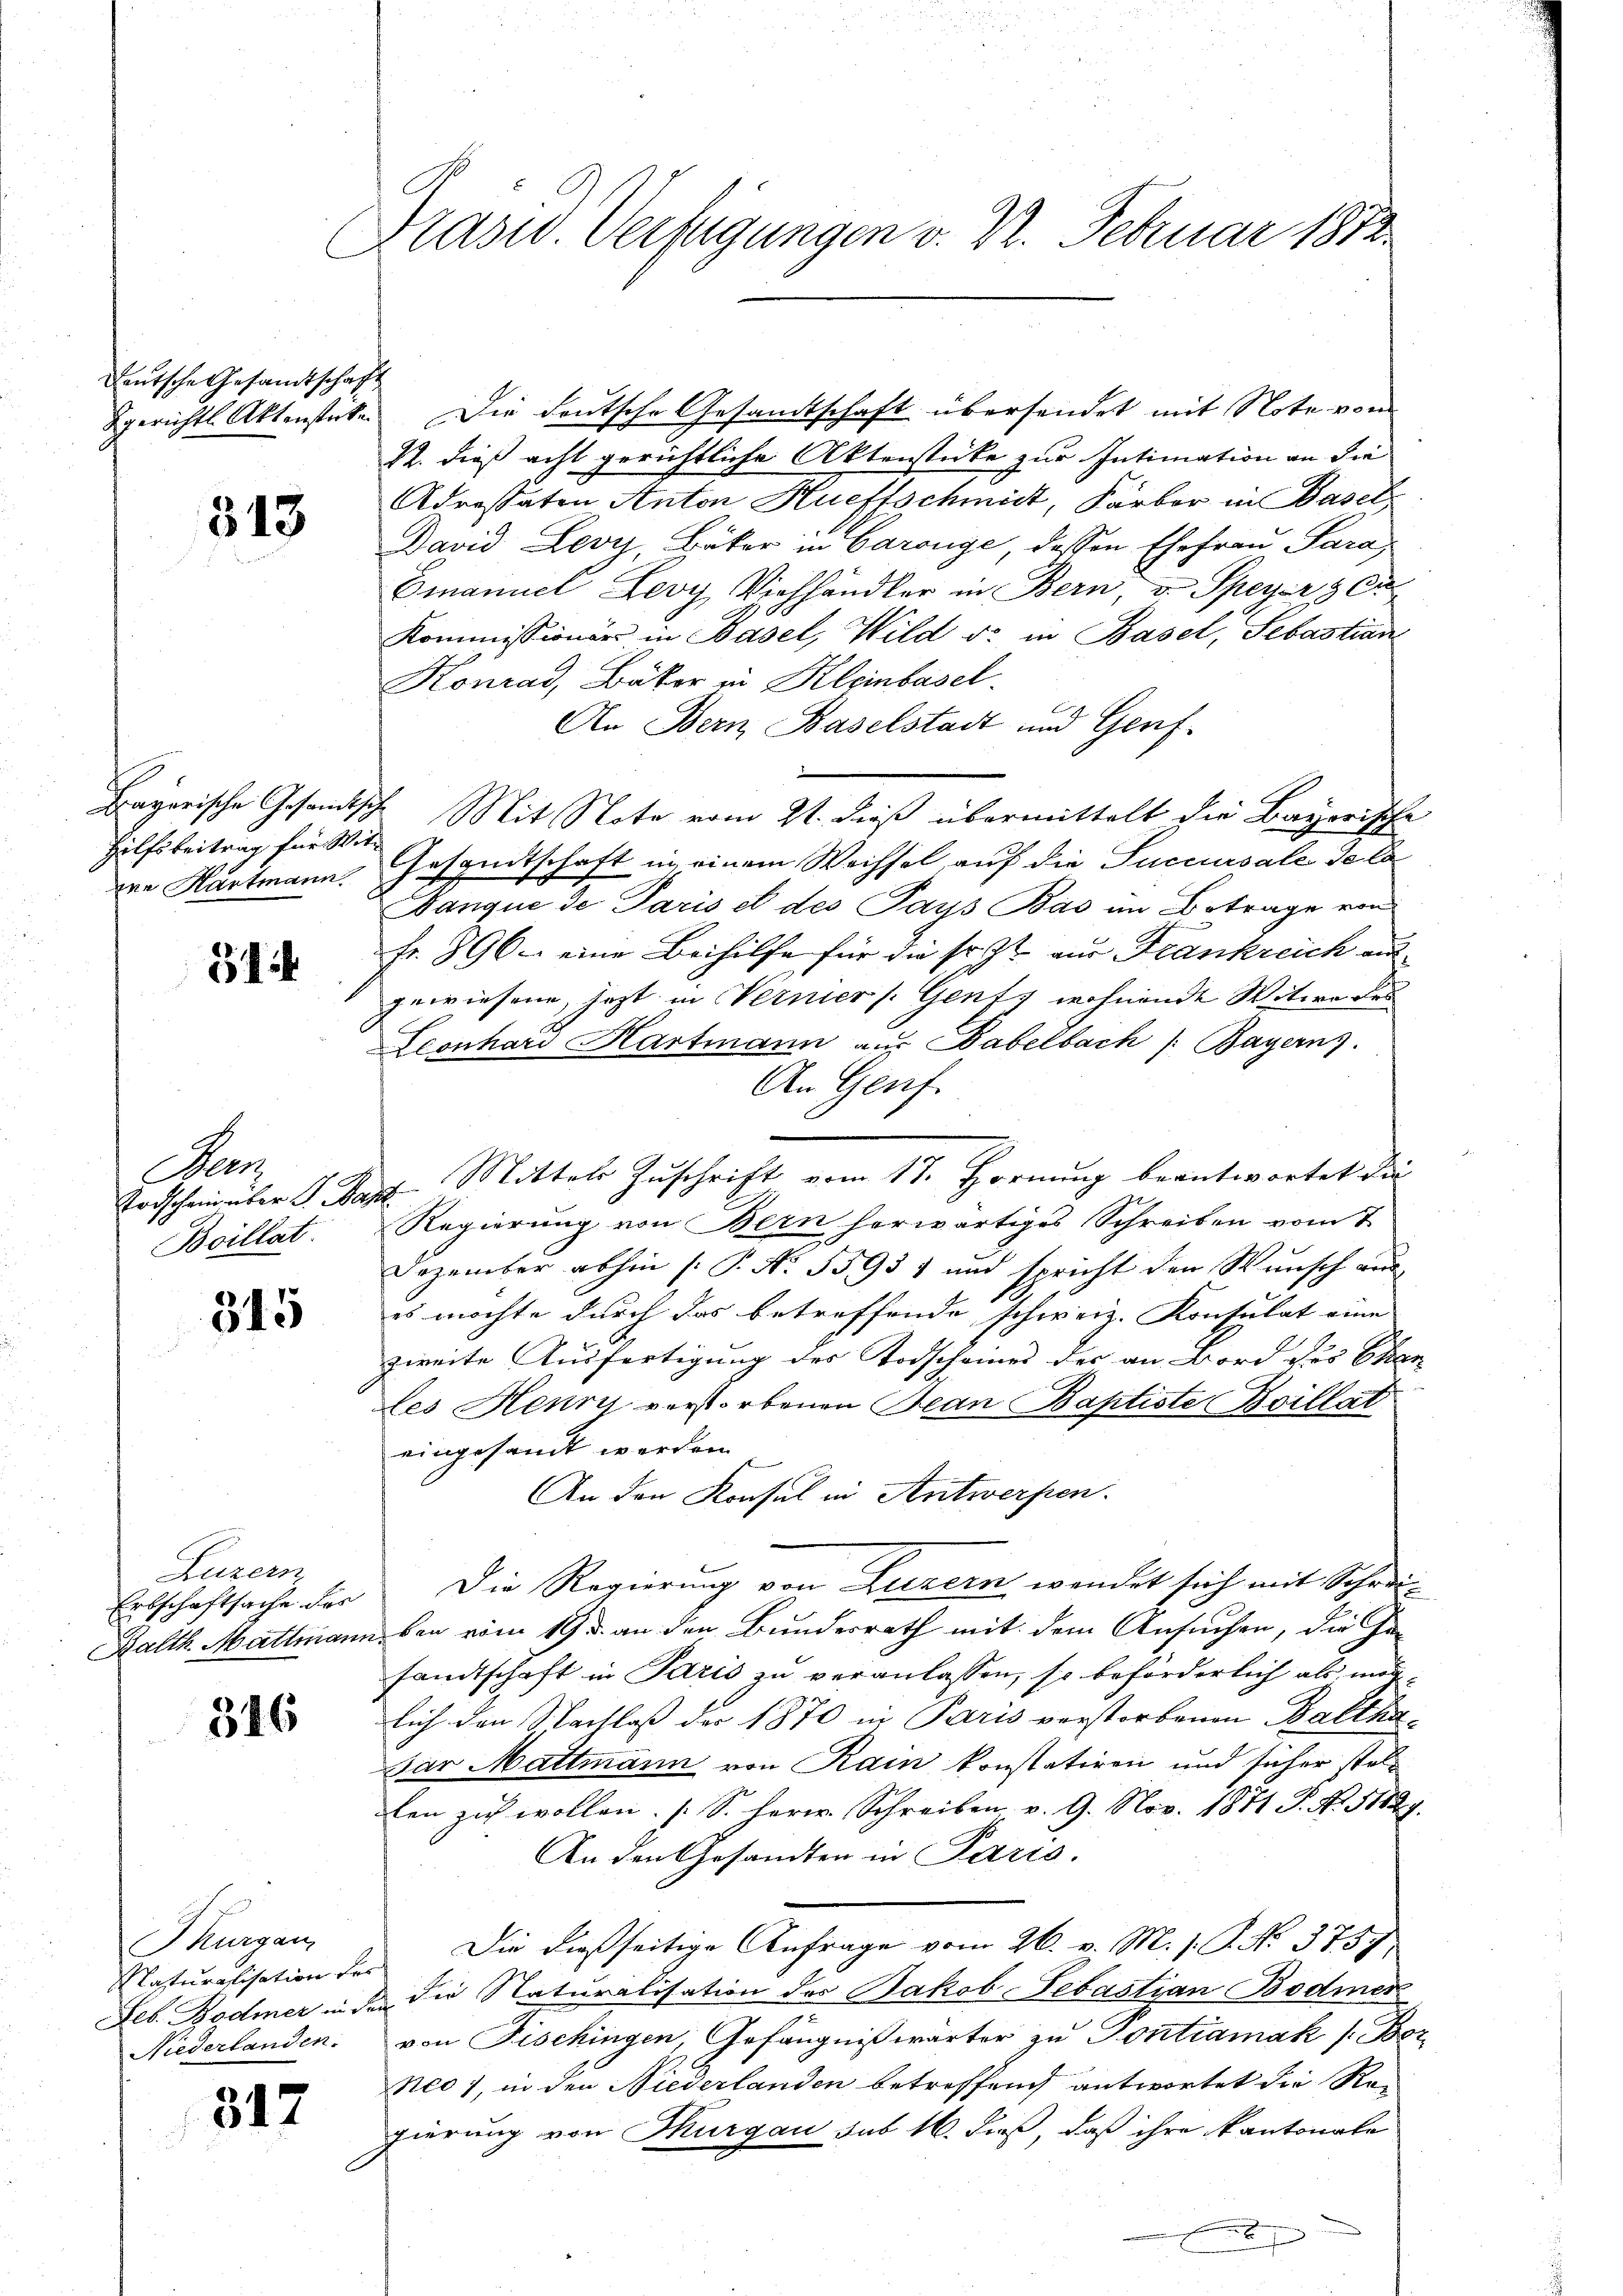
Deutsche Gesamtschaft

313

Hilfsbeitrag für Wit¬

314

Nees
Boillat.

345

Luzern

316

gerichts Aktenstecke. Die deutsche Gesandtschaft übersendet mit Note von
22. dieß acht gerichtliche Aktenstücke zur Intimation an die
Adressaten Anton Hueffschmidt, Färber in Basel
David Levy, Bäker in Garange, dessen Ehefrau Para
Emanuel Levy Viehhändler in Bern, v. Speyer & Ci
Kommissionärs in Basel, Wild d. in Basel, Sebastian
Konrad, Bäker in Kleinbasel.
An Bern, Baselstadt und Genf.
Bayerische Gesandtsche Mit Note vom 21. dieß übermittelt die Bayerische
ven Hartmann, Gesandtschaft in einem Wechsel auf die Succursale de la
Danque de Paris et des Pays Bas im Betrage von
fr. 896. eine Beihilfe für die sr. Zt. aus Frankreich aus
gewiesene, jetzt in Verner /: Genf, wohnende Witwe des
Leonhard Hartmann aus Babelbach /: Bayerns.
An Genf.
Todscheinter G. Sapp. Mittels Zuschrift vom 17. Hornung beantwortet dar
Regierung von Bern herwärtiges Schreiben vom 7.
Dezember abhin (: P. Nr. 55937 und spricht den Wunsch aus
es möchte durch das betreffende schweiz. Konsulat eine
zweite Ausfertigung des Todscheines der an Bord des St
les Henry verstorbenen Bean Baptiste Boillat
eingesandt werden.
An den Konsul in Antwerfen.
Ertschaftsache der Die Regierung von Luzern wendet sich mit Schrei¬
Balth. Mattmann, von vom 19 u. an den Bundesrath mit dem Ansuchen, die In-
sandtschaft in Paris zu veranlassen, so beförderlich als möglich den Nachlaß der 1870 in Paris verstorbenen Baltha¬
Par Mattmann von Rain konstatiren und sicher stelten zu wollen. [S. Herr Schreiben v. 9. Nov. 1871 P. Nr. 11829
An den Gesandten in Paris.
Die dießseitige Anfrage vom 26. v. M. P.P. No. 375.
Feb. Bodmer in der die Naturalisation des Jakob Sebastian Bodmer
von Fischingen, Gefängnißwärter zu Pontramak (Be
Neo 1, in den Niederlanden betreffend antwortet die Regierung von Thurgau sub 16. dieß, daß ihre kantonale
2
u

Thurgau,
Masturalisation der
Niederlanden.

312

Präsid. Verfügungen v. 2. Februar 1812.